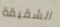
الشقيقة